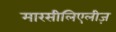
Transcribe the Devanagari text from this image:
मारसीलिएलीज़